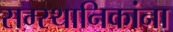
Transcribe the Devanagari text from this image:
सम्स्थानिकांना